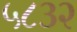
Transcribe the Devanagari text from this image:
५८३२